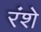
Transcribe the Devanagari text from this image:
रंशे